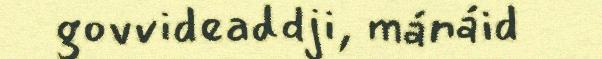
govvideaddji, mánáid